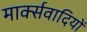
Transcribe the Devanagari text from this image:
मार्क्सवादियों